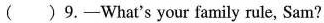
( )9.—What's your family rule, Sam?